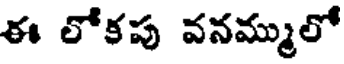
ఈ లోకపు వనమ్ములో